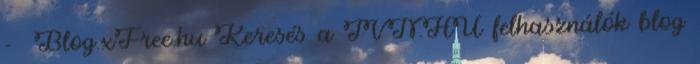
- Blog.xFree.hu Keresés a TVN.HU felhasználók blog